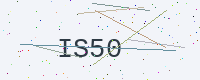
Text: IS50